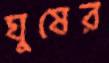
ঘুষের